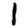
Digit: 1